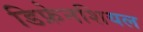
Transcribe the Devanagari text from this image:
डिफ्रेनशियल